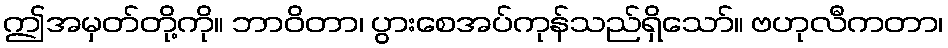
ဤအမှတ်တို့ကို။ ဘာဝိတာ၊ ပွားစေအပ်ကုန်သည်ရှိသော်။ ဗဟုလီကတာ၊